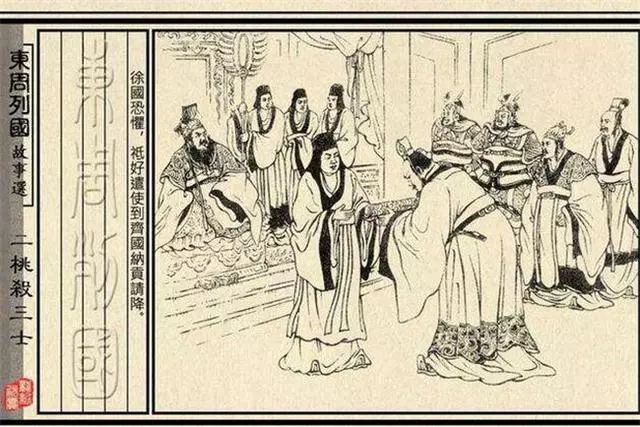
鉴於水者见面之容，鉴於人者知吉与凶